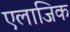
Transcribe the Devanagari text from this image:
एलाजिक